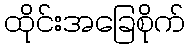
ထိုင်းအခြေစိုက်